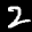
Label: 2